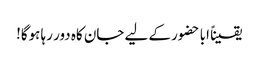
یقیناً ابا حضور کے لیے جان کاہ دور رہا ہوگا!